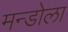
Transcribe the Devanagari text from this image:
मन्डोला